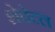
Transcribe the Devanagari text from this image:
शेचेटल